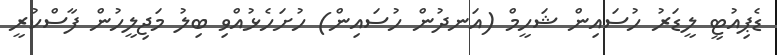
ޑެޕިއުޓީ ލީޑަރު ހުސައިން ޝަހީމް (އަނދުން ހުސައިން) ހުށަހެޅުއްވި ބިލު މަޖިލީހުން ފާސްކުރީ